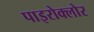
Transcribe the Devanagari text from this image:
पाइरोक्लोर